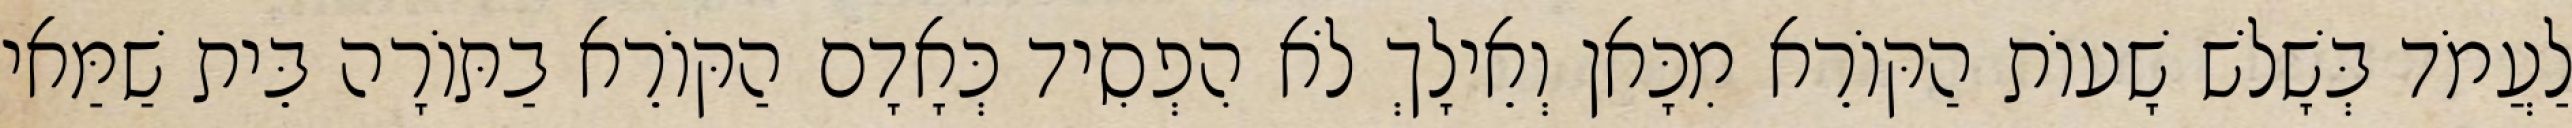
לַעֲמֹד בְּשָׁלֹשׁ שָׁעוֹת הַקּוֹרֵא מִכָּאן וְאֵילָךְ לֹא הִפְסִיד כְּאָדָם הַקּוֹרֵא בַתּוֹרָה בֵּית שַׁמַּאי